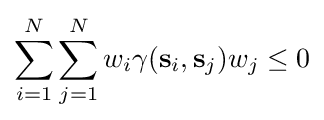
\sum _{i=1}^{N}\sum _{j=1}^{N}w_{i}\gamma (\mathbf {s} _{i},\mathbf {s} _{j})w_{j}\leq 0